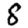
Digit: 8